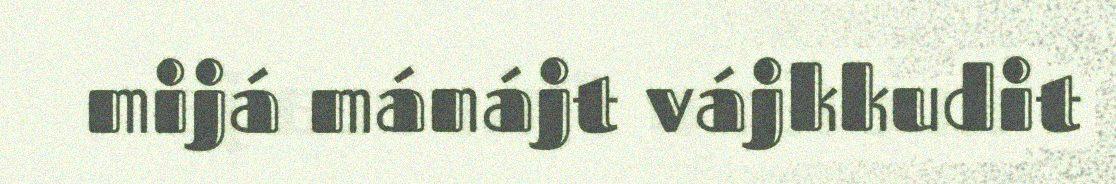
mijá mánájt vájkkudit